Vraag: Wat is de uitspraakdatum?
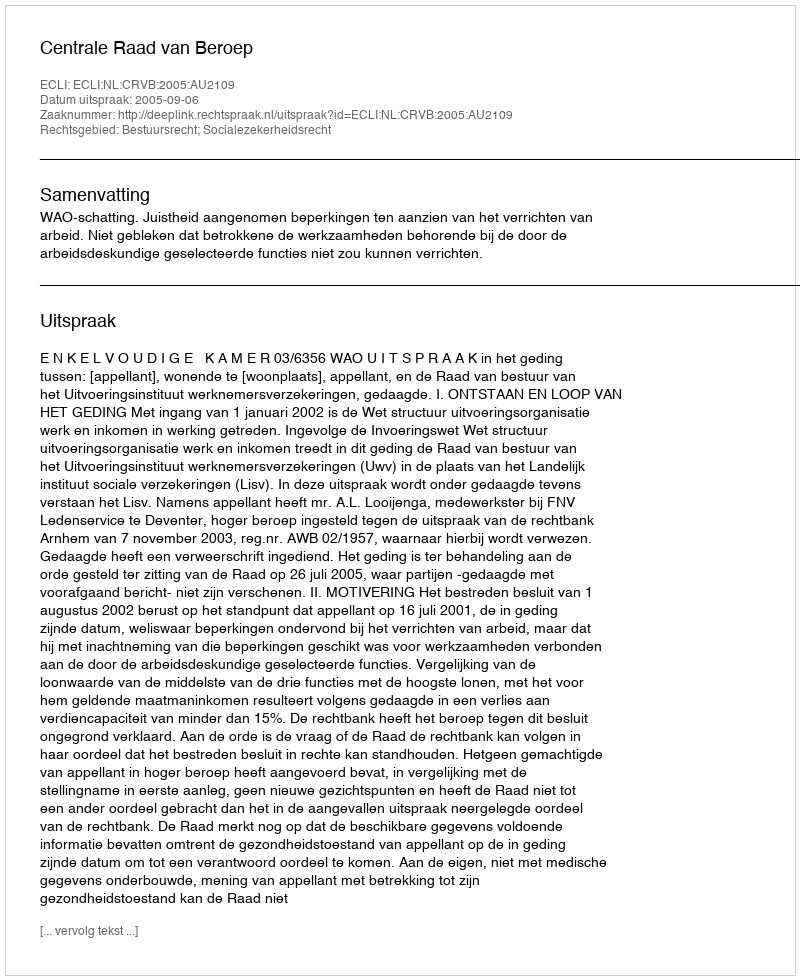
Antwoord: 2005-09-06